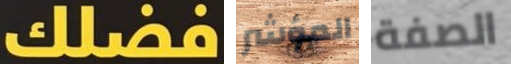
فضلك المؤشر الصفة